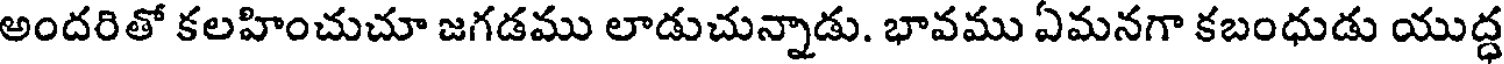
అందరితో కలహించుచూ జగడము లాడుచున్నాడు. భావము ఏమనగా కబంధుడు యుద్ధ